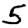
Digit: 5